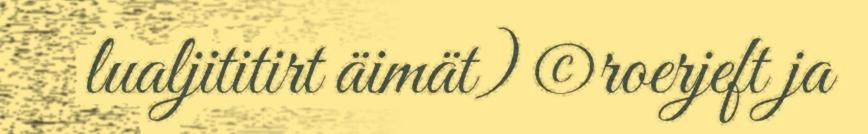
lualjititirt äimät) ©roerjeft ja